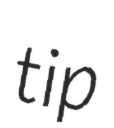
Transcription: tip